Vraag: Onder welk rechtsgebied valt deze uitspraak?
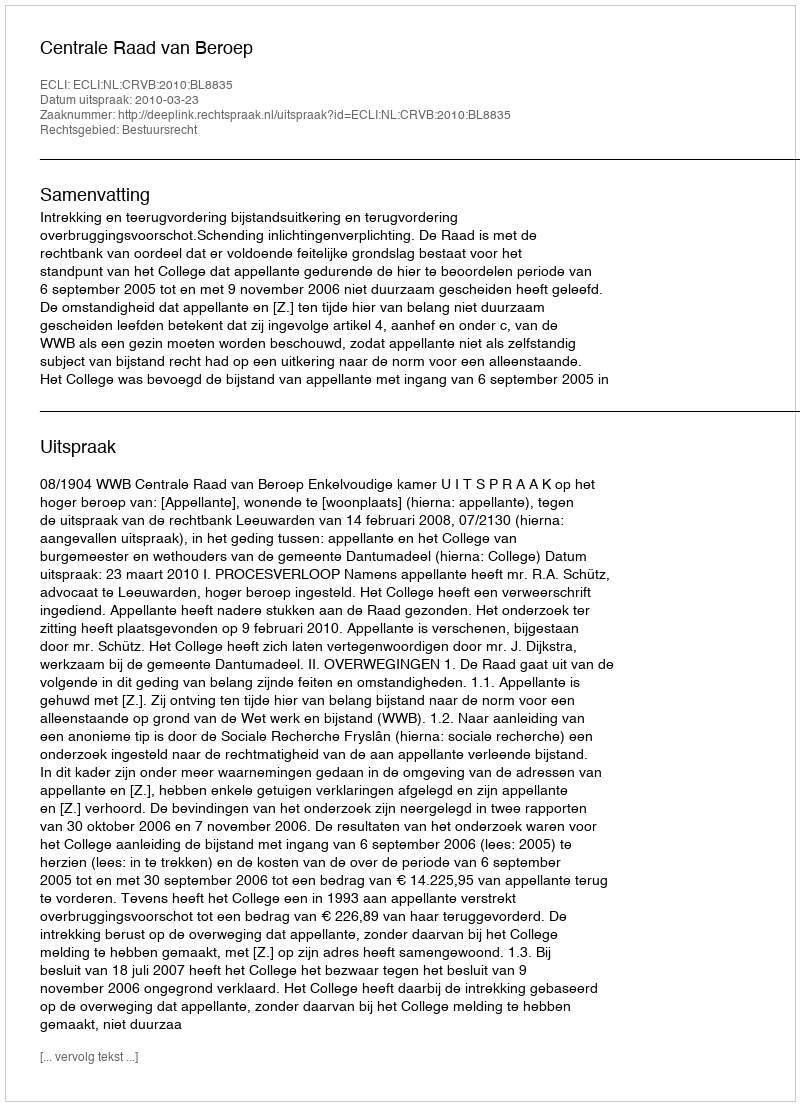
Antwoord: Bestuursrecht